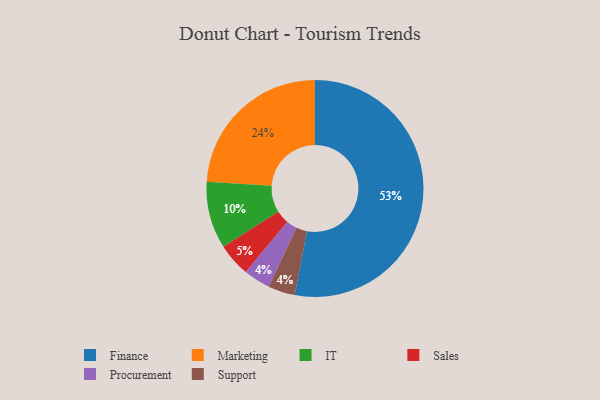
{"axis": {"x": "Category", "y": "Percentage"}, "legend": ["Finance", "IT", "Marketing", "Procurement", "Sales", "Support"], "data": [{"x": "Procurement", "y": 4, "type": "Procurement"}, {"x": "Support", "y": 4, "type": "Support"}, {"x": "Marketing", "y": 24, "type": "Marketing"}, {"x": "Finance", "y": 53, "type": "Finance"}, {"x": "IT", "y": 10, "type": "IT"}, {"x": "Sales", "y": 5, "type": "Sales"}]}